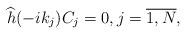
LaTeX: \begin{align*}\widehat{h}(-ik_j)C_j=0,j=\overline{1,N},\end{align*}